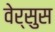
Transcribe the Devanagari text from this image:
वेर्सुस